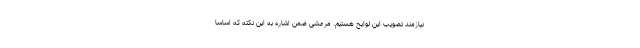
نیازمند تصویب این لوایح هستیم. مرعشی ضمن اشاره به این نکته که اساساً